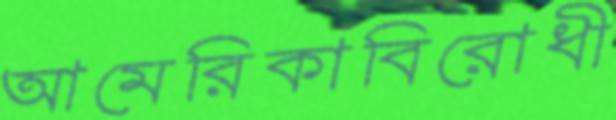
আমেরিকাবিরোধী